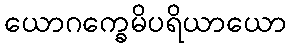
ယောဂက္ခေမိပရိယာယော